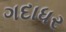
ગદાધર